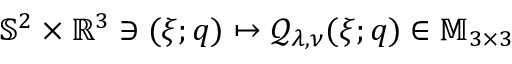
\mathbb { S } ^ { 2 } \times \mathbb { R } ^ { 3 } \ni ( \xi ; q ) \mapsto \mathcal { Q } _ { \lambda , \nu } ( \xi ; q ) \in \mathbb { M } _ { 3 \times 3 }